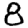
Digit: 8